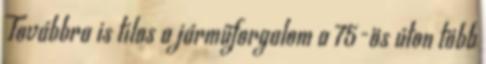
Továbbra is tilos a járműforgalom a 75-ös úton több